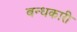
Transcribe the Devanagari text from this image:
बन्धकारी